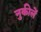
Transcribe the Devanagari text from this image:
नुकीलें